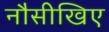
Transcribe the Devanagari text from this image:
नौसीखिए